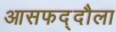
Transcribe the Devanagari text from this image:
आसफद्दौला